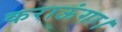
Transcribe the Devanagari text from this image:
कराऊंगा।